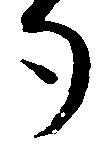
勺